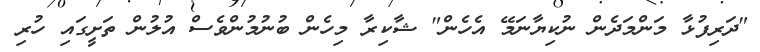
"ދަރިފުޅާ މަންމަދެން ނުކިޔާނަމޭ އެހެން" ޝާކިރާ މިހެން ބުނުމުންވެސް އުލުން ތަށީގައި ހުރި